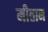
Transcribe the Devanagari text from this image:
मीतान